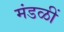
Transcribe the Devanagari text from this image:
मंडळीं